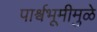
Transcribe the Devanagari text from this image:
पार्श्वभूमीमुळे